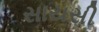
સાયસી